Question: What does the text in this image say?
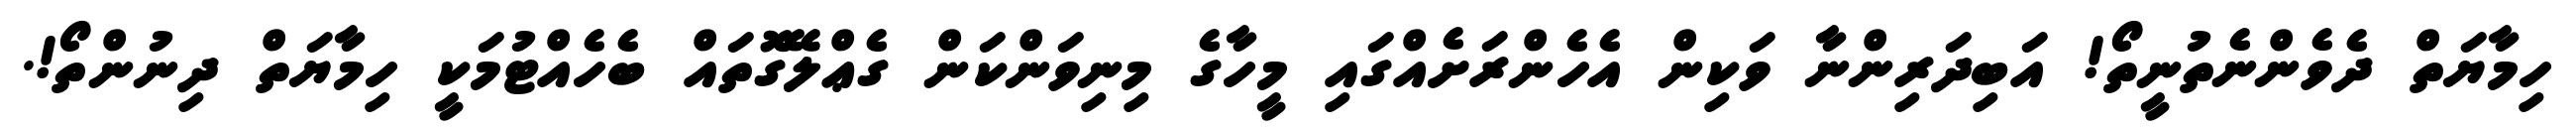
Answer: ހިމާޔަތް ދެވެންނެތުނީތޯ! އަބިދަރިންނާ ވަކިން އެހެންރަށެއްގައި މީހާގެ މިނިވަންކަން ގެޢްލޭގޮތައް ބެހެއްޓުމަކީ ހިމާޔަތް ދިނުންތޯ!.